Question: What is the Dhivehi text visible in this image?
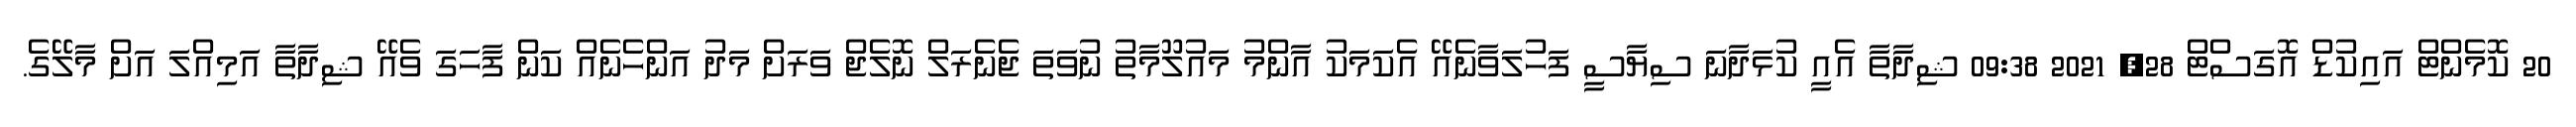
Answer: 20 ކޮމެންޓް އައިކުޑް އޮގަސްޓް 28, 2021 09:38 ޝިދާތާ އެއީ ކުޅަދާނަ ސިޔާސީ ފަހުލަވާނެއޭ އެކަމަކު އާންމު މައުލޫމާތު ނުވަތަ ޖެނެރަލް ނޮލެޖް ވަރަށް މަދު އަންހެނެއް ކަން ފާހަގަ ވެއޭ ޝިދާތާ އަމިއްލަ އަށް މާލޭގެ.